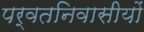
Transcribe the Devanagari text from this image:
पर्वतनिवासीयों